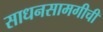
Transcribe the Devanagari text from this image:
साधनसामगीची